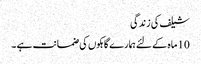
شیلف کی زندگی
10 ماہ کے لئے ہمارے گاہکوں کی ضمانت ہے ۔